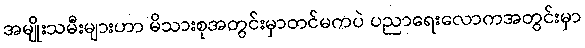
အမျိုးသမီးများဟာ မိသားစုအတွင်းမှာတင်မကပဲ ပညာရေးလောကအတွင်းမှာ